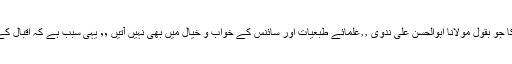
نئی دنیائوں كا انكشاف كرے ان دنیائوں كا جو بقول مولانا ابوالحسن علی ندوی ٫٫علمائے طبعیات اور سائنس كے خواب و خیال میں بھی نہیں آتیں ٬٬ یہی سبب ہے كہ اقبال كے یہاں لمحہء موجود ساكت و جامد نہیں ۔